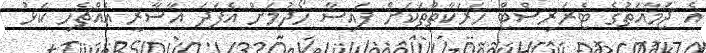
އެ ޖަމާއަތުގެ ޓެރަރިސްޓް ހަރަކާތްތަކަށް ފައިސާ ހޯދުމަށް އެފަދަ އާސާރީ އެއްޗެހި ކަޅު